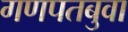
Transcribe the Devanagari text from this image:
गणपतबुवा